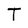
Character: T